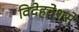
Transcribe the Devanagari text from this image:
विदेहदेशसे